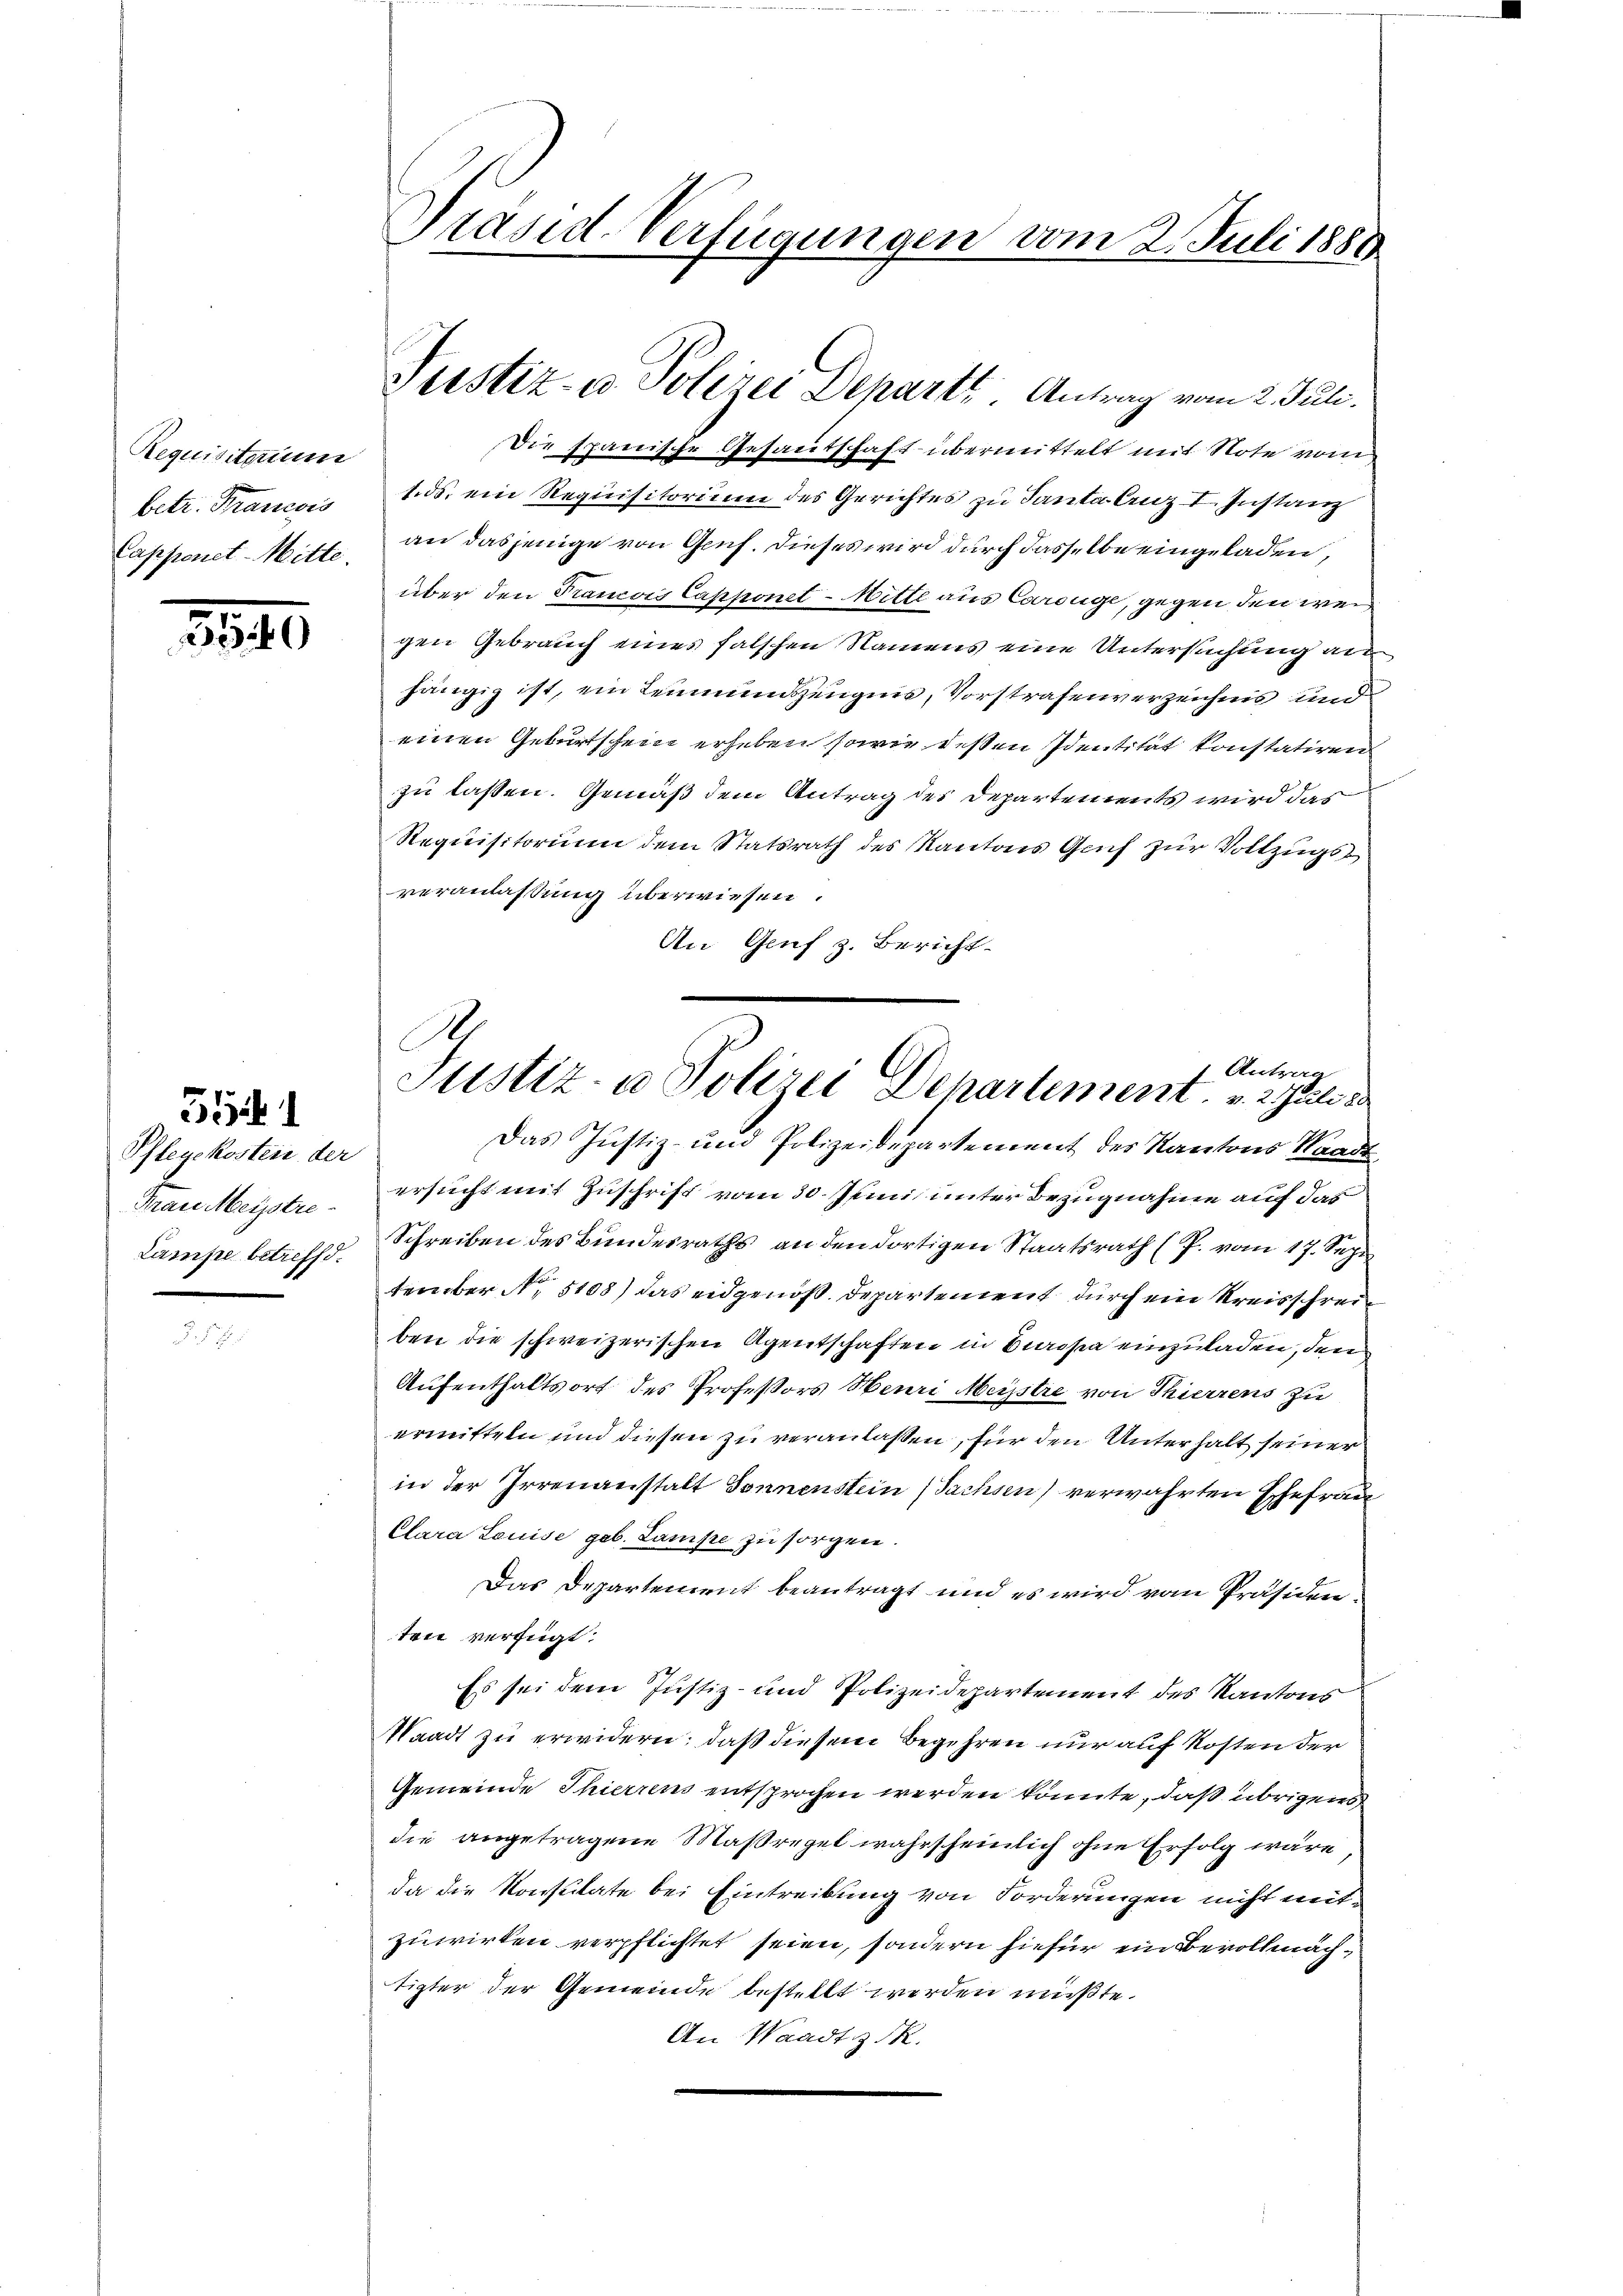
Requisitorium
betr. Francois
Cappenet Mitte.

3540

554

Pflegekosten der
Frau Meistre
Lampe betreffd.

Präsid-Verfügungen vom 2. Juli 1880
e

Justiz- u. Polizei Departs Antrag vom 2. Juli.

Die spanische Gesandschaft übermittelt mit Note vom
1.ds. ein Requisitorium des Gerichtes zu Santa Anz I. Instanz
an dasjenige von Gruf. Dieses wird durch dasselbe eingeladen,
über den Francois Capponet - Mitte aus Carouge, gegen den weigen Gebrauch eines falschen Namens eine Untersuchung an
hängig ist, ein Leumundszeugnis, Vorstrafenverzeichnis und
einen Geburtschein erheben sowie deßen Identität konstatiren
zu lassen. Gemäß dem Antrag des Departements wird das
Requisitorium dem Statsrath des Kantons Grif zur Vollzugsveranlassung überwiesen.
An Genf z. Bericht.
Das Justiz- und Polizeidepartement des Kantons Waadt
ersucht mit Zuschrift vom 30. Juni unter Bezugnahme auf das
Schreiben des Bundesraths, an den dortigen Staatsrath (P. vom 17. Sep
tember N. 5108) das eidgenoß. Departement durch ein Kreisschreiben die schweizerischen Agentschaften in Europa einzuladen, dem
Aufenthaltsort des Professors Meuri Meistre von Thierrens zu
ermitteln und diesen zu veranlaßen, für den Unterhalt seiner
in der Irrenanstalt Sonnenstein Sachsen) verwahrten Ehefrau
Clara Louise geb. Lampe zu sorgen.
Das Departement beantragt und es wird von Präsidenten verfügt:
Es sei dem Justiz- und Polizeidepartement des Kantons
Waadt zu erwidern; daß diesem Begehren nur auf Kosten der
Gemeinde Thierrens entsprochen werden könnte, daß übrigen
die angetragene Maßregel wahrscheinlich ohne Erfolg wäre
da die Konsulate bei Eintreibung von Forderungen nicht mitzuwirken verpflichtet seien, sondern hiefür ein Bevollmachtigter der Gemeinde bestellt werden müßte.
An Waadt z. R.

A
1 Antrag
Justiz- u Polizei Departement. v. 2. Juli